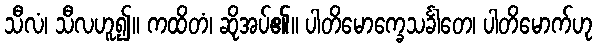
သီလံ၊ သီလဟူ၍။ ကထိတံ၊ ဆိုအပ်၏။ ပါတိမောက္ခေသင်္ခါတေ၊ ပါတိမောက်ဟု